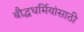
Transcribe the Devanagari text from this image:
बौद्धधर्मियांसाठी